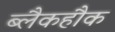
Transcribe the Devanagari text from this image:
ब्लैकहौक